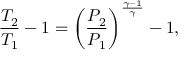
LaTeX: { \frac { T _ { 2 } } { T _ { 1 } } } - 1 = \left( { \frac { P _ { 2 } } { P _ { 1 } } } \right) ^ { \frac { \gamma - 1 } { \gamma } } - 1 ,